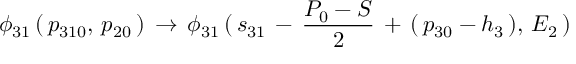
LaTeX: \phi _ { 3 1 } \, ( \, p _ { 3 1 0 } , \, p _ { 2 0 } \, ) \, \to \, \phi _ { 3 1 } \, ( \, s _ { 3 1 } \, - \, { \frac { P _ { 0 } - S } { 2 } } \, + \, ( \, p _ { 3 0 } - h _ { 3 } \, ) , \, E _ { 2 } \, )